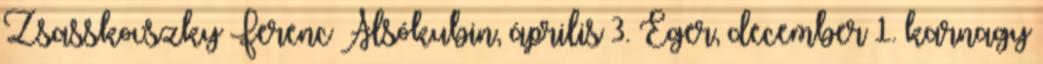
Zsasskovszky Ferenc Alsókubin, április 3. Eger, december 1. karnagy